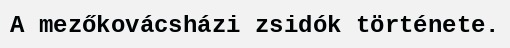
A mezőkovácsházi zsidók története.